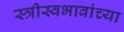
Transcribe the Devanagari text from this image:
स्त्रीस्वभावांच्या